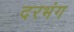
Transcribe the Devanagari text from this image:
दरभंग